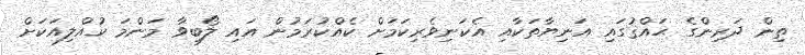
ތިން ދަރިންގެ ޙައްޤުގައި އަނިޔާތަކާއި އެކަނިވެރިކަމަށް ކެއްކުރަމުން އައި ލޯބިވާ މަންމަ ކުއްލިއަކަށް